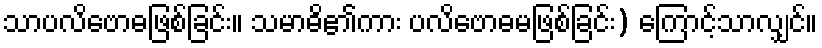
သာပလိဗောဓဖြစ်ခြင်း။ သမာဓိ၏ကား ပလိဗောဓမဖြစ်ခြင်း) ကြောင့်သာလျှင်။